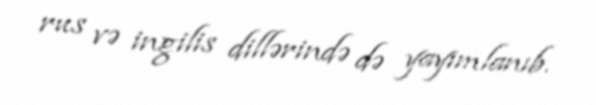
rus və ingilis dillərində də yayımlanıb.